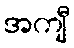
အကျီ